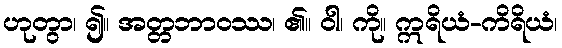
ဟုတွာ၊ ၍။ အတ္တဘာဝဿ၊ ၏။ ဝါ၊ ကို။ ဣရိယံ-ကိရိယံ၊